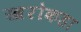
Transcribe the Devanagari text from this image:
खरोकडा